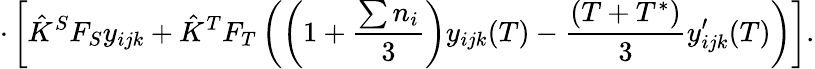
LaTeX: \cdot\left[\hat{K}^{S}F_{S}y_{ijk}+\hat{K}^{T}F_{T}\left(\left(1+\frac{\sum n_{i}}{3}\right)y_{ijk}(T)-\frac{(T+T^{*})}{3}y_{ijk}^{\prime}(T)\right)\right].